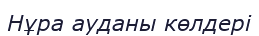
Нұра ауданы көлдері